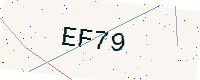
Text: EF79